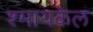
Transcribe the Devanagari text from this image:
श्मायकेल